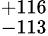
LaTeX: ^{+116}_{-113}